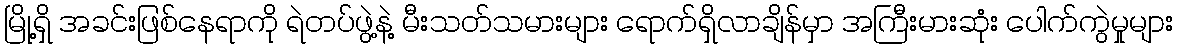
မြို့ရှိ အခင်းဖြစ်နေရာကို ရဲတပ်ဖွဲ့နဲ့ မီးသတ်သမားများ ရောက်ရှိလာချိန်မှာ အကြီးမားဆုံး ပေါက်ကွဲမှုများ